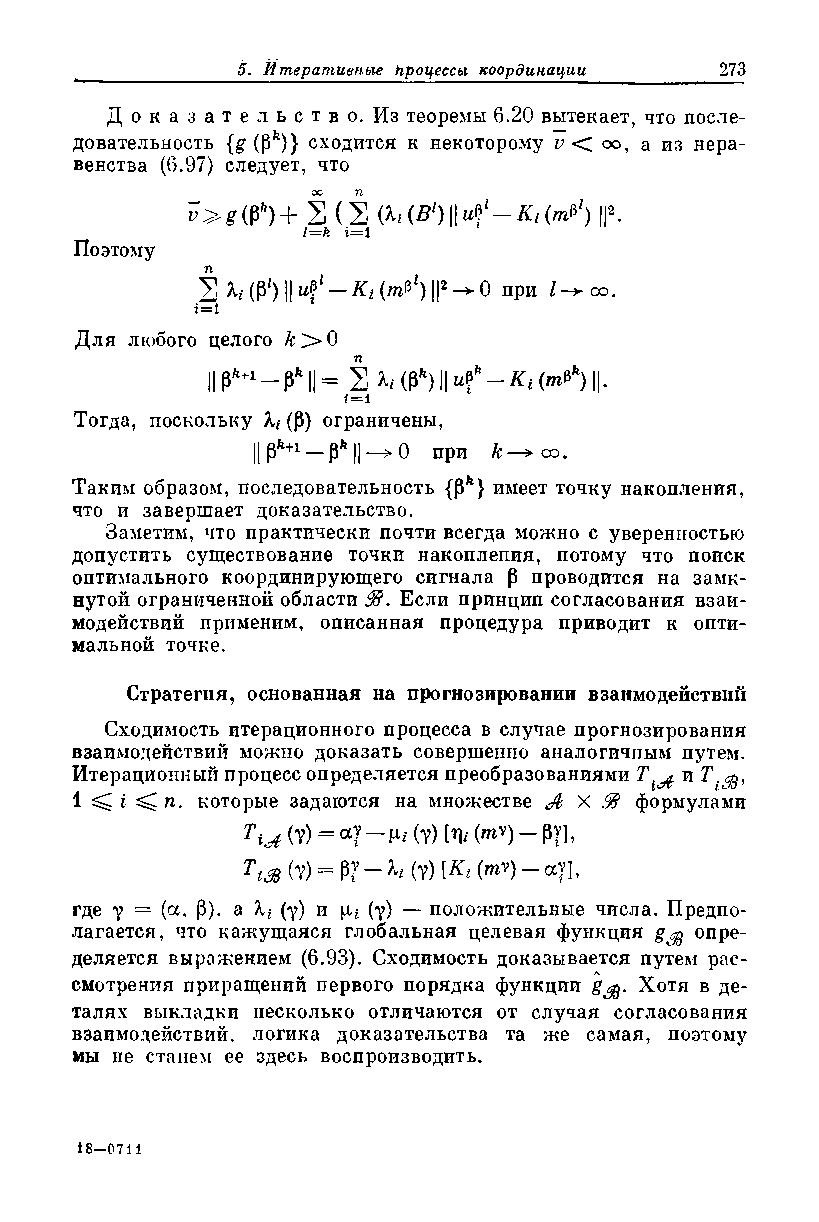
Д о к а з а т е л ь с т в о . Из теоремы 6.20 вытекает, что после­
 довательность {g (pft)} сходится к некоторому v <Z оо, а из нера­
 венства (6.97) следует, что
 V>g (Ph) + S ( 2 (h (В1) II uf - Kt (mV1) ||*.
 l=k 1—1
 Поэтому
 2 h (P') II uf — Ki (mV1) ||2 0 при l -> oo.
 i=l
 Для любого целого 0
 IIPft+1- P ftll= 2
 i=1
 Тогда, поскольку Я/ (P) ограничены,
 ||ph+1- p h||-^0 при oo.
 Таким образом, последовательность {pft} имеет точку накопления,
 что и завершает доказательство.
 Заметим, что практически почти всегда можно с уверенностью
 допустить существование точки накопления, потому что поиск
 оптимального координирующего сигнала р проводится на замк­
 нутой ограниченной области 9В* Если принцип согласования взаи­
 модействий применим, описанная процедура приводит к опти­
 мальной точке.
 Стратегия, основанная на прогнозировании взаимодействий
 Сходимость итерационного процесса в случае прогнозирования
 взаимодействий можно доказать совершенно аналогичным путем.
 Итерационный процесс определяется преобразованиями Т ^
 1 ^ ^ я. которые задаются на множестве Jh X 9В формулами
 тх,4 (7) = а? — Ш (т) I1!* (и*7) — РТЬ
 тiM (7) = Р7 — ^ (7) \Ki (mV) — а?1,
 где у = (ос, Р), a (у) и \it (у) — положительные числа. Предпо­
 лагается, что кажущаяся глобальная целевая функция g^ опре­
 деляется выражением (6.93). Сходимость доказывается путем рас­
 смотрения приращений первого порядка функции g Хотя в де­
 талях выкладки несколько отличаются от случая согласования
 взаимодействий, логика доказательства та же самая, поэтому
 мы не станем ее здесь воспроизводить.
 18-0711